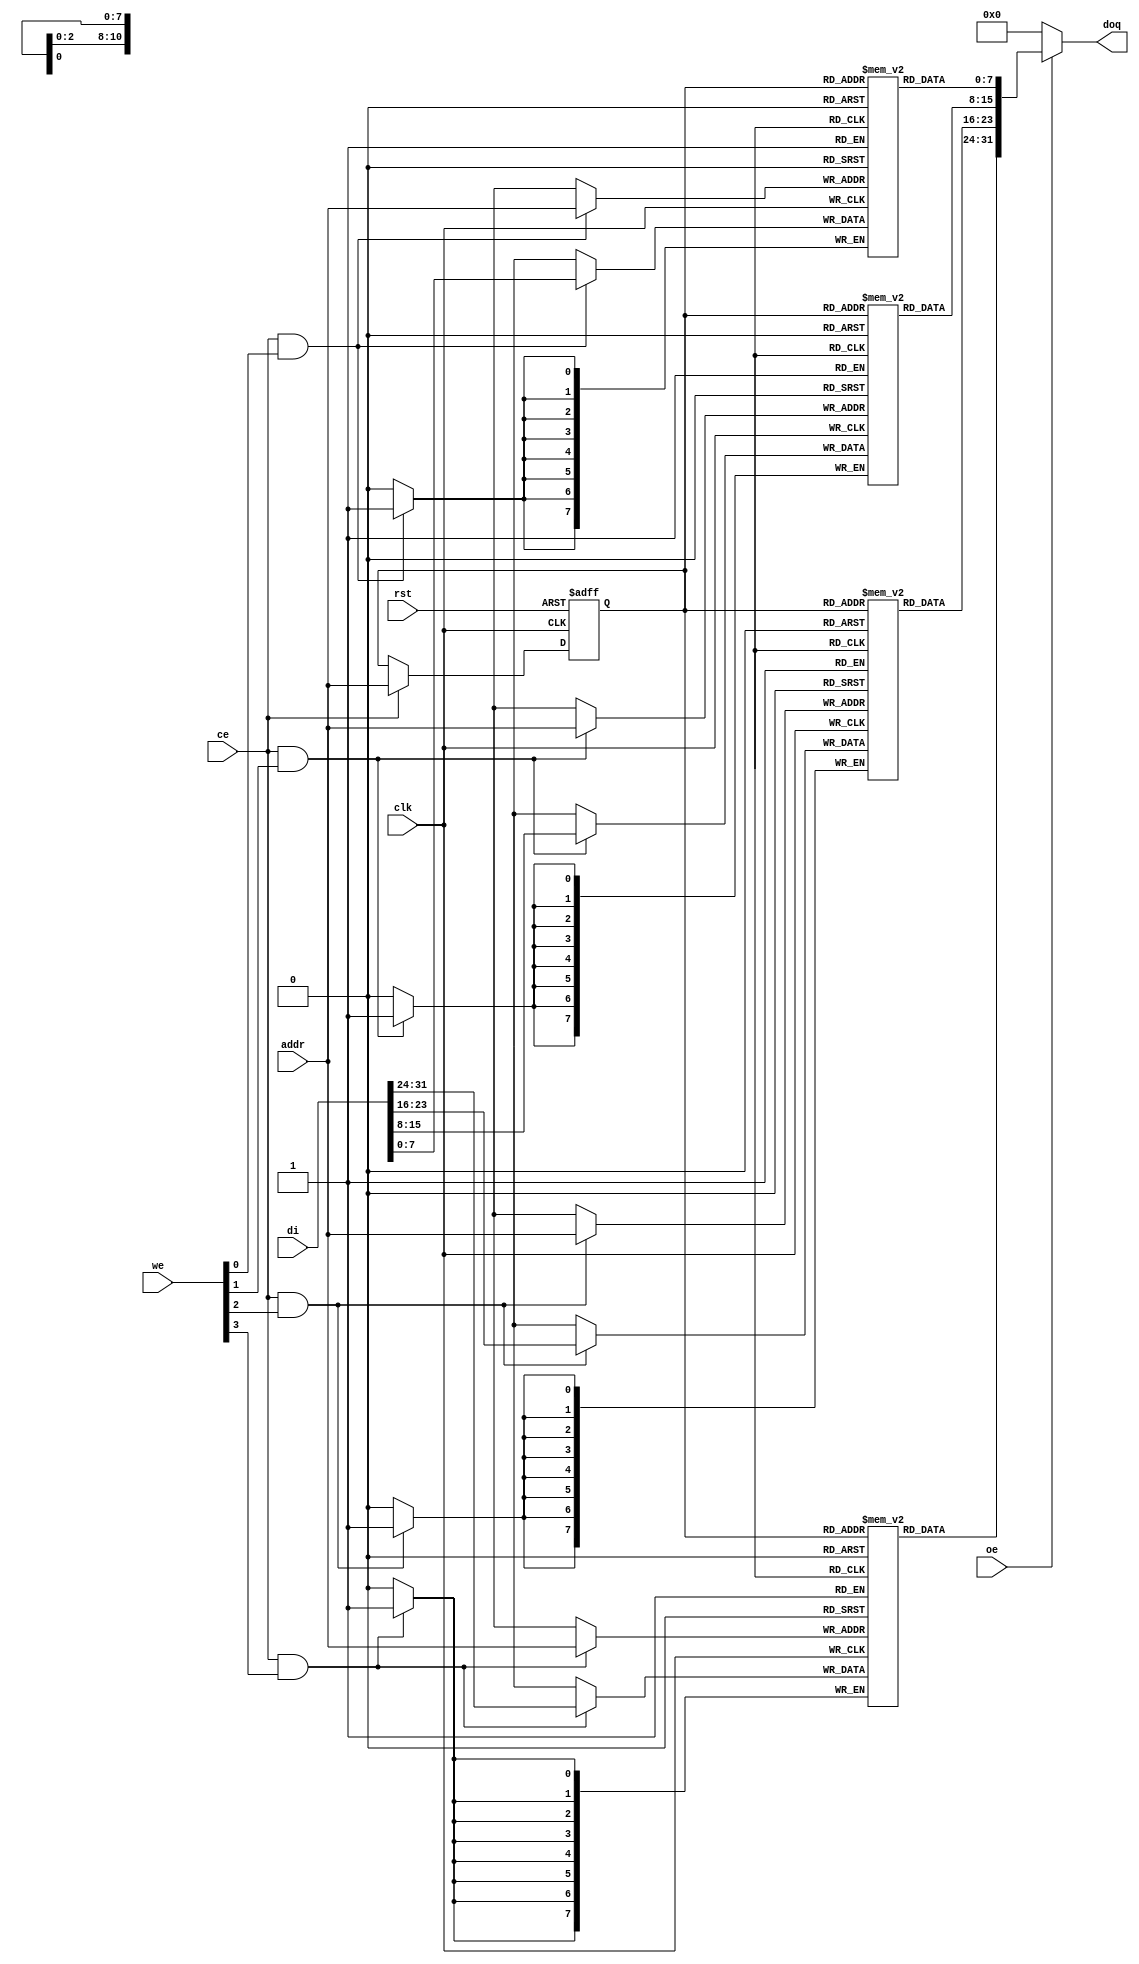
module or1200_spram_2048x32_bw(
`ifdef OR1200_BIST
        // RAM BIST
        mbist_si_i, mbist_so_o, mbist_ctrl_i,
`endif
        // Generic synchronous single-port RAM interface
        clk, rst, ce, we, oe, addr, di, doq
);

`ifdef OR1200_BIST
//
// RAM BIST
//
input                   mbist_si_i;
input [`OR1200_MBIST_CTRL_WIDTH - 1:0] mbist_ctrl_i;       // bist chain shift control
output                  mbist_so_o;
`endif

//
// Generic synchronous single-port RAM interface
//
input                   clk;    // Clock
input                   rst;    // Reset
input                   ce;     // Chip enable input
input   [3:0]           we;     // Write enable input
input                   oe;     // Output enable input
input   [10:0]          addr;   // address bus inputs
input   [31:0]          di;     // input data bus
output  [31:0]          doq;     // output data bus

//
// Internal wires and registers
//

`ifdef OR1200_ARTISAN_SSP
`else
`ifdef OR1200_VIRTUALSILICON_SSP
`else
`ifdef OR1200_BIST
assign mbist_so_o = mbist_si_i;
`endif
`endif
`endif


`ifdef OR1200_ARTISAN_SSP

//
// Instantiation of ASIC memory:
//
// Artisan Synchronous Single-Port RAM (ra1sh)
//
`ifdef UNUSED
art_hssp_2048x32_bw artisan_ssp(
`else
`ifdef OR1200_BIST
art_hssp_2048x32_bw_bist artisan_ssp(
`else
art_hssp_2048x32_bw artisan_ssp(
`endif
`endif
`ifdef OR1200_BIST
        // RAM BIST
        .mbist_si_i(mbist_si_i),
        .mbist_so_o(mbist_so_o),
        .mbist_ctrl_i(mbist_ctrl_i),
`endif
        .CLK(clk),
        .CEN(~ce),
        .WEN(~we),
        .A(addr),
        .D(di),
        .OEN(~oe),
        .Q(doq)
);

`else

`ifdef OR1200_AVANT_ATP

//
// Instantiation of ASIC memory:
//
// Avant! Asynchronous Two-Port RAM
//
avant_atp avant_atp(
        .web(~we),
        .reb(),
        .oeb(~oe),
        .rcsb(),
        .wcsb(),
        .ra(addr),
        .wa(addr),
        .di(di),
        .doq(doq)
);

`else

`ifdef OR1200_VIRAGE_SSP

//
// Instantiation of ASIC memory:
//
// Virage Synchronous 1-port R/W RAM
//
virage_ssp virage_ssp(
        .clk(clk),
        .adr(addr),
        .d(di),
        .we(we),
        .oe(oe),
        .me(ce),
        .q(doq)
);

`else

`ifdef OR1200_VIRTUALSILICON_SSP

//
// Instantiation of ASIC memory:
//
// Virtual Silicon Single-Port Synchronous SRAM
//
`ifdef OR1200_BIST
wire mbist_si_i_ram_0;
wire mbist_si_i_ram_1;
wire mbist_si_i_ram_2;
wire mbist_si_i_ram_3;
wire mbist_so_o_ram_0;
wire mbist_so_o_ram_1;
wire mbist_so_o_ram_2;
wire mbist_so_o_ram_3;
assign mbist_si_i_ram_0 = mbist_si_i;
assign mbist_si_i_ram_1 = mbist_so_o_ram_0;
assign mbist_si_i_ram_2 = mbist_so_o_ram_1;
assign mbist_si_i_ram_3 = mbist_so_o_ram_2;
assign mbist_so_o = mbist_so_o_ram_3;
`endif

`ifdef UNUSED
vs_hdsp_2048x8 vs_ssp_0(
`else
`ifdef OR1200_BIST
vs_hdsp_2048x8_bist vs_ssp_0(
`else
vs_hdsp_2048x8 vs_ssp_0(
`endif
`endif
`ifdef OR1200_BIST
        // RAM BIST
        .mbist_si_i(mbist_si_i_ram_0),
        .mbist_so_o(mbist_so_o_ram_0),
        .mbist_ctrl_i(mbist_ctrl_i),
`endif
        .CK(clk),
        .ADR(addr),
        .DI(di[7:0]),
        .WEN(~we[0]),
        .CEN(~ce),
        .OEN(~oe),
        .DOUT(doq[7:0])
);

`ifdef UNUSED
vs_hdsp_2048x8 vs_ssp_1(
`else
`ifdef OR1200_BIST
vs_hdsp_2048x8_bist vs_ssp_1(
`else
vs_hdsp_2048x8 vs_ssp_1(
`endif
`endif
`ifdef OR1200_BIST
        // RAM BIST
        .mbist_si_i(mbist_si_i_ram_1),
        .mbist_so_o(mbist_so_o_ram_1),
        .mbist_ctrl_i(mbist_ctrl_i),
`endif
        .CK(clk),
        .ADR(addr),
        .DI(di[15:8]),
        .WEN(~we[1]),
        .CEN(~ce),
        .OEN(~oe),
        .DOUT(doq[15:8])
);

`ifdef UNUSED
vs_hdsp_2048x8 vs_ssp_2(
`else
`ifdef OR1200_BIST
vs_hdsp_2048x8_bist vs_ssp_2(
`else
vs_hdsp_2048x8 vs_ssp_2(
`endif
`endif
`ifdef OR1200_BIST
        // RAM BIST
        .mbist_si_i(mbist_si_i_ram_2),
        .mbist_so_o(mbist_so_o_ram_2),
        .mbist_ctrl_i(mbist_ctrl_i),
`endif
        .CK(clk),
        .ADR(addr),
        .DI(di[23:16]),
        .WEN(~we[2]),
        .CEN(~ce),
        .OEN(~oe),
        .DOUT(doq[23:16])
);

`ifdef UNUSED
vs_hdsp_2048x8 vs_ssp_3(
`else
`ifdef OR1200_BIST
vs_hdsp_2048x8_bist vs_ssp_3(
`else
vs_hdsp_2048x8 vs_ssp_3(
`endif
`endif
`ifdef OR1200_BIST
        // RAM BIST
        .mbist_si_i(mbist_si_i_ram_3),
        .mbist_so_o(mbist_so_o_ram_3),
        .mbist_ctrl_i(mbist_ctrl_i),
`endif
        .CK(clk),
        .ADR(addr),
        .DI(di[31:24]),
        .WEN(~we[3]),
        .CEN(~ce),
        .OEN(~oe),
        .DOUT(doq[31:24])
);

`else

`ifdef OR1200_XILINX_RAMB4

//
// Instantiation of FPGA memory:
//
// Virtex/Spartan2
//

//
// Block 0
//
RAMB4_S2 ramb4_s2_0(
	.CLK(clk),
	.RST(rst),
	.ADDR(addr),
	.DI(di[1:0]),
	.EN(ce),
	.WE(we[0]),
	.DO(doq[1:0])
);

//
// Block 1
//
RAMB4_S2 ramb4_s2_1(
	.CLK(clk),
	.RST(rst),
	.ADDR(addr),
	.DI(di[3:2]),
	.EN(ce),
	.WE(we[0]),
	.DO(doq[3:2])
);

//
// Block 2
//
RAMB4_S2 ramb4_s2_2(
	.CLK(clk),
	.RST(rst),
	.ADDR(addr),
	.DI(di[5:4]),
	.EN(ce),
	.WE(we[0]),
	.DO(doq[5:4])
);

//
// Block 3
//
RAMB4_S2 ramb4_s2_3(
	.CLK(clk),
	.RST(rst),
	.ADDR(addr),
	.DI(di[7:6]),
	.EN(ce),
	.WE(we[0]),
	.DO(doq[7:6])
);
//
// Block 4
//
RAMB4_S2 ramb4_s2_4(
	.CLK(clk),
	.RST(rst),
	.ADDR(addr),
	.DI(di[9:8]),
	.EN(ce),
	.WE(we[1]),
	.DO(doq[9:8])
);

//
// Block 5
//
RAMB4_S2 ramb4_s2_5(
	.CLK(clk),
	.RST(rst),
	.ADDR(addr),
	.DI(di[11:10]),
	.EN(ce),
	.WE(we[1]),
	.DO(doq[11:10])
);

//
// Block 6
//
RAMB4_S2 ramb4_s2_6(
	.CLK(clk),
	.RST(rst),
	.ADDR(addr),
	.DI(di[13:12]),
	.EN(ce),
	.WE(we[1]),
	.DO(doq[13:12])
);

//
// Block 7
//
RAMB4_S2 ramb4_s2_7(
	.CLK(clk),
	.RST(rst),
	.ADDR(addr),
	.DI(di[15:14]),
	.EN(ce),
	.WE(we[1]),
	.DO(doq[15:14])
);
//
// Block 8
//
RAMB4_S2 ramb4_s2_8(
	.CLK(clk),
	.RST(rst),
	.ADDR(addr),
	.DI(di[17:16]),
	.EN(ce),
	.WE(we[2]),
	.DO(doq[17:16])
);

//
// Block 9
//
RAMB4_S2 ramb4_s2_9(
	.CLK(clk),
	.RST(rst),
	.ADDR(addr),
	.DI(di[19:18]),
	.EN(ce),
	.WE(we[2]),
	.DO(doq[19:18])
);

//
// Block 10
//
RAMB4_S2 ramb4_s2_10(
	.CLK(clk),
	.RST(rst),
	.ADDR(addr),
	.DI(di[21:20]),
	.EN(ce),
	.WE(we[2]),
	.DO(doq[21:20])
);

//
// Block 11
//
RAMB4_S2 ramb4_s2_11(
	.CLK(clk),
	.RST(rst),
	.ADDR(addr),
	.DI(di[23:22]),
	.EN(ce),
	.WE(we[2]),
	.DO(doq[23:22])
);
//
// Block 12
//
RAMB4_S2 ramb4_s2_12(
	.CLK(clk),
	.RST(rst),
	.ADDR(addr),
	.DI(di[25:24]),
	.EN(ce),
	.WE(we[3]),
	.DO(doq[25:24])
);

//
// Block 13
//
RAMB4_S2 ramb4_s2_13(
	.CLK(clk),
	.RST(rst),
	.ADDR(addr),
	.DI(di[27:26]),
	.EN(ce),
	.WE(we[3]),
	.DO(doq[27:26])
);

//
// Block 14
//
RAMB4_S2 ramb4_s2_14(
	.CLK(clk),
	.RST(rst),
	.ADDR(addr),
	.DI(di[29:28]),
	.EN(ce),
	.WE(we[3]),
	.DO(doq[29:28])
);

//
// Block 15
//
RAMB4_S2 ramb4_s2_15(
	.CLK(clk),
	.RST(rst),
	.ADDR(addr),
	.DI(di[31:30]),
	.EN(ce),
	.WE(we[3]),
	.DO(doq[31:30])
);

`else

//
// Generic single-port synchronous RAM model
//

//
// Generic RAM's registers and wires
//
reg     [7:0]        mem_0 [2047:0];              // RAM content
reg     [7:0]        mem_1 [2047:0];              // RAM content
reg     [7:0]        mem_2 [2047:0];              // RAM content
reg     [7:0]        mem_3 [2047:0];              // RAM content
reg     [10:0]       addr_reg;                    // RAM address register
                                                                                                                                                                                                     
//
// Data output drivers
//
assign doq = (oe) ? {mem_3[addr_reg], mem_2[addr_reg], mem_1[addr_reg], mem_0[addr_reg]} : {32{1'b0}};
                                                                                                                                                                                                     
//
// RAM address register
//
always @(posedge clk or posedge rst)
        if (rst)
                addr_reg <= #1 11'h000;
        else if (ce)
                addr_reg <= #1 addr;
                                                                                                                                                                                                     
//
// RAM write byte 0
//
always @(posedge clk)
        if (ce && we[0])
                mem_0[addr] <= #1 di[7:0];
                                                                                                                                                                                                     
//
// RAM write byte 1
//
always @(posedge clk)
        if (ce && we[1])
                mem_1[addr] <= #1 di[15:8];
                                                                                                                                                                                                     
//
// RAM write byte 2
//
always @(posedge clk)
        if (ce && we[2])
                mem_2[addr] <= #1 di[23:16];
                                                                                                                                                                                                     
//
// RAM write byte 3
//
always @(posedge clk)
        if (ce && we[3])
                mem_3[addr] <= #1 di[31:24];

`endif  // !OR1200_XILINX_RAMB4_S16
`endif  // !OR1200_VIRTUALSILICON_SSP
`endif  // !OR1200_VIRAGE_SSP
`endif  // !OR1200_AVANT_ATP
`endif  // !OR1200_ARTISAN_SSP

endmodule